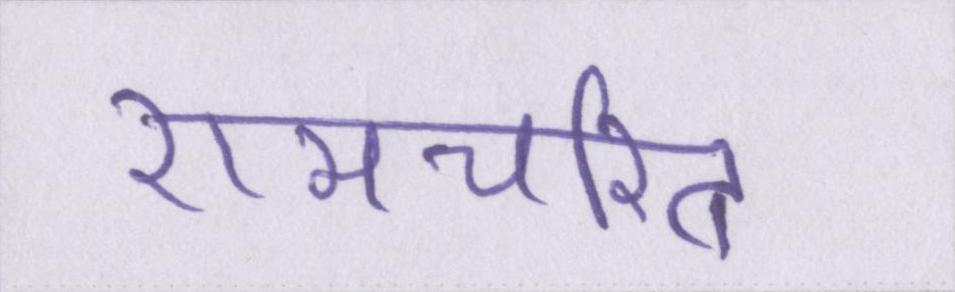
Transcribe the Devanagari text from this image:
रामचरित